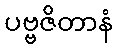
ပဗ္ဗဇိတာနံ